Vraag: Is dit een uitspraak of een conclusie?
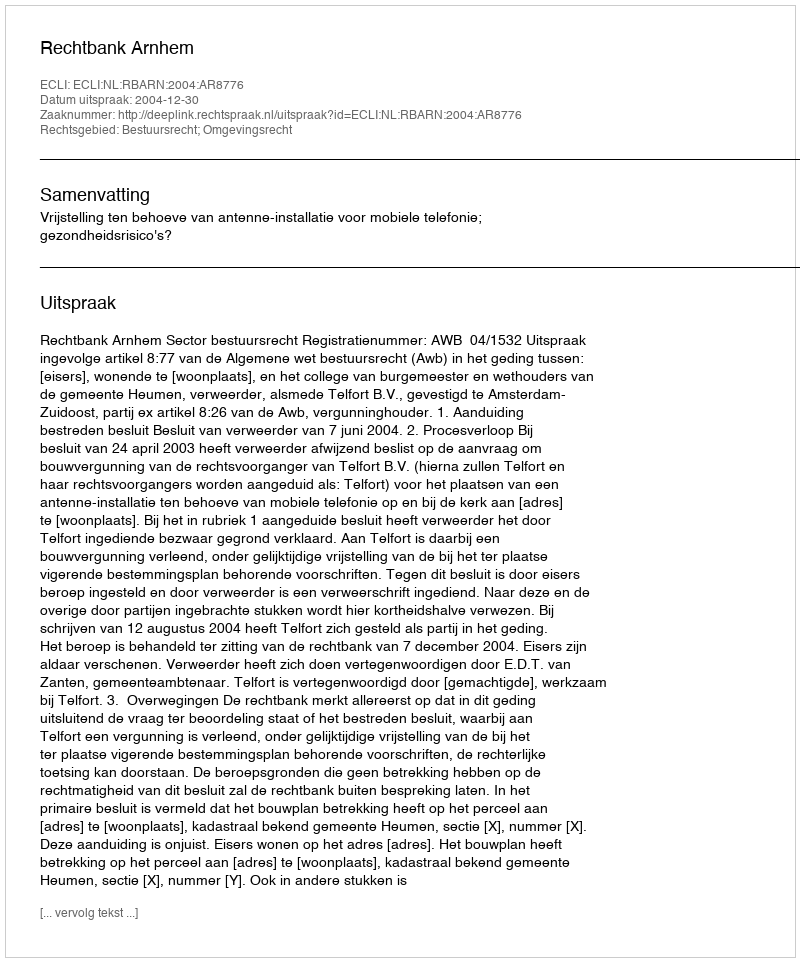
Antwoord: Uitspraak